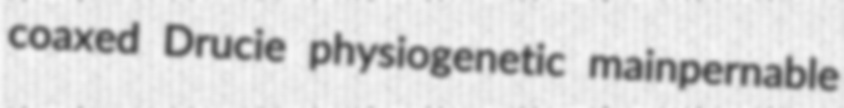
coaxed Drucie physiogenetic mainpernable